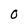
Character: 0